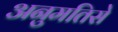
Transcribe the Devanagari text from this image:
अनुमतिसे